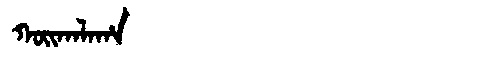
Manchu: ᡴᠣᡳᡴᠠᠯᠠᡥᠠ
Romanization: KOIKALAHA